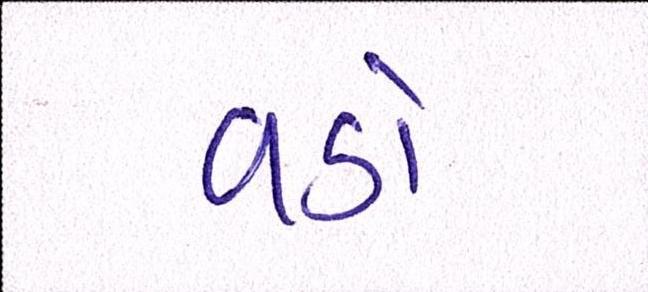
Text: વડો